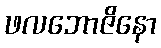
ဖလဘောဇိနော